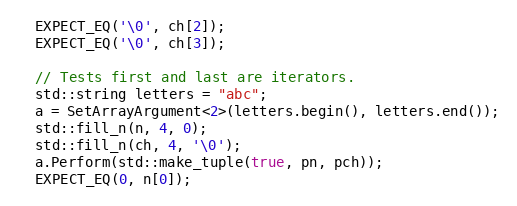
Language: C++
  EXPECT_EQ('\0', ch[2]);
  EXPECT_EQ('\0', ch[3]);

  // Tests first and last are iterators.
  std::string letters = "abc";
  a = SetArrayArgument<2>(letters.begin(), letters.end());
  std::fill_n(n, 4, 0);
  std::fill_n(ch, 4, '\0');
  a.Perform(std::make_tuple(true, pn, pch));
  EXPECT_EQ(0, n[0]);